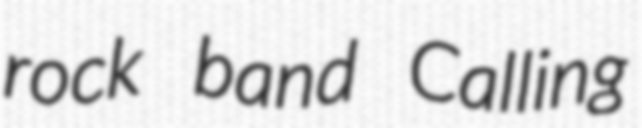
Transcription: rock band Calling